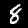
Digit: 8